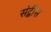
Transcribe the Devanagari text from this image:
संद्वीस